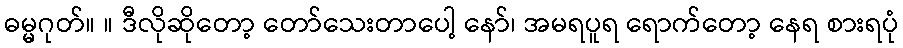
ဓမ္မဂုတ်။ ။ ဒီလိုဆိုတော့ တော်သေးတာပေါ့ နော်၊ အမရပူရ ရောက်တော့ နေရ စားရပုံ